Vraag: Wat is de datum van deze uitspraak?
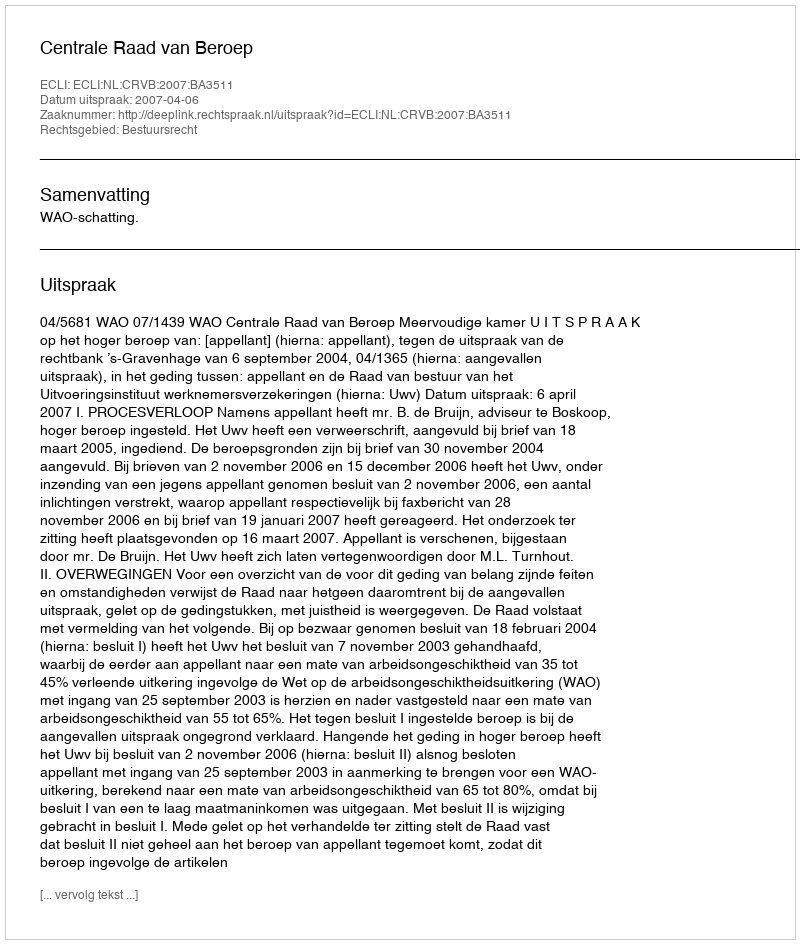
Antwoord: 2007-04-06